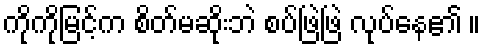
ကိုကိုမြင့်က စိတ်မဆိုးဘဲ စပ်ဖြဲဖြဲ လုပ်နေ၏ ။